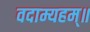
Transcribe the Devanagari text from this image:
वदाम्यहम्॥